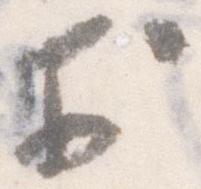
於